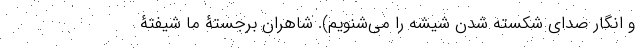
و انگار صدای شکسته شدن شیشه را می‌شنویم). شاهران برجستۀ ما شیفتۀ